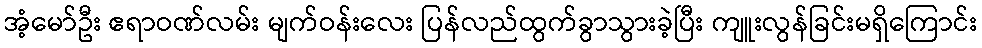
အံ့မော်ဦး ဧရာဝဏ်လမ်း မျက်ဝန်းလေး ပြန်လည်ထွက်ခွာသွားခဲ့ပြီး ကျူးလွန်ခြင်းမရှိကြောင်း